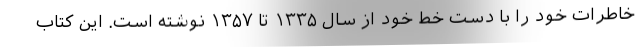
خاطرات خود را با دست خط خود از سال ۱۳۳۵ تا ۱۳۵۷ نوشته است. این کتاب